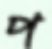
প